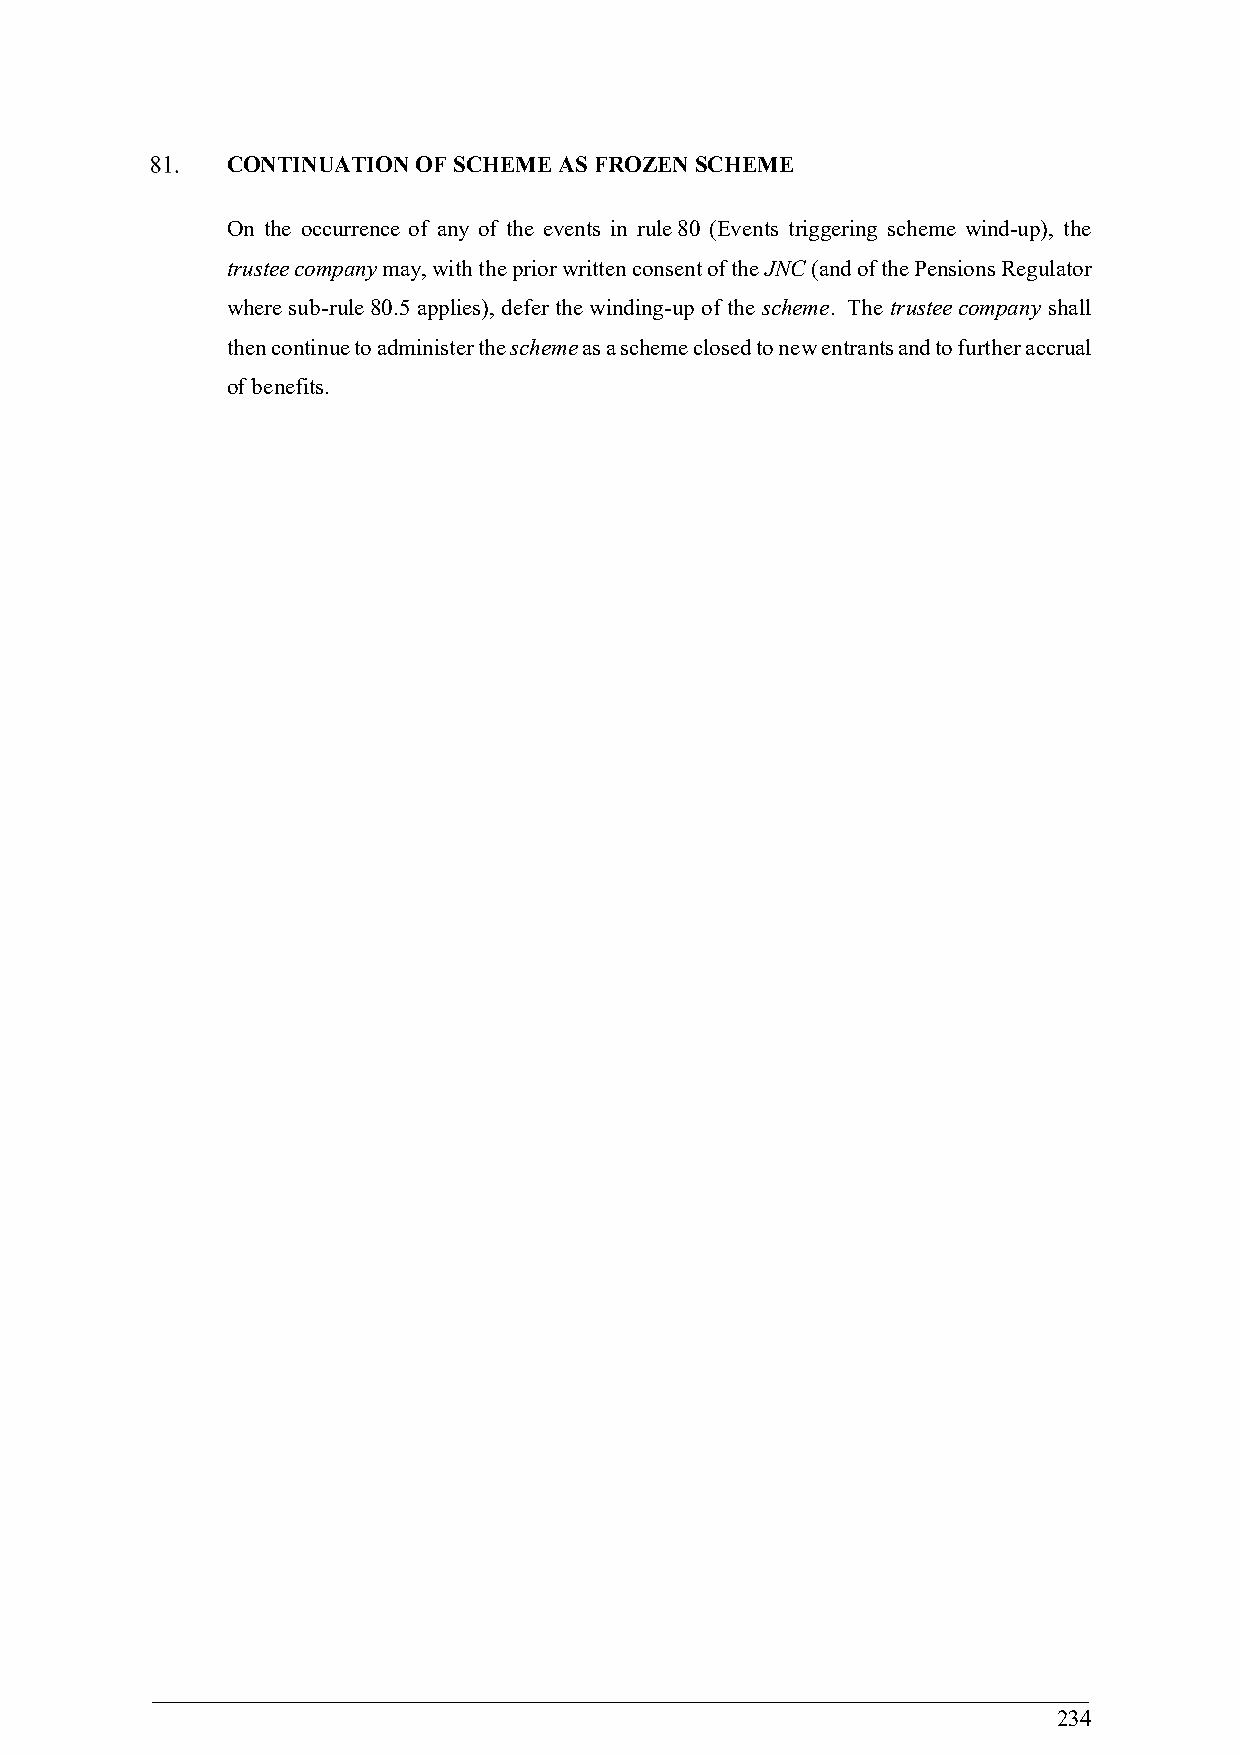
CONTINUATION OF SCHEME AS FROZEN SCHEME
 On the occurrence of any of the events in rule 80 (Events triggering scheme wind-up), the
 trustee company may, with the prior written consent of the JNC (and of the Pensions Regulator
 where sub-rule 80.5 applies), defer the winding-up of the scheme. The trustee company shall
 then continue to administer the scheme as a scheme closed to new entrants and to further accrual
 of benefits.
 234